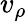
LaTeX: v_{\rho}